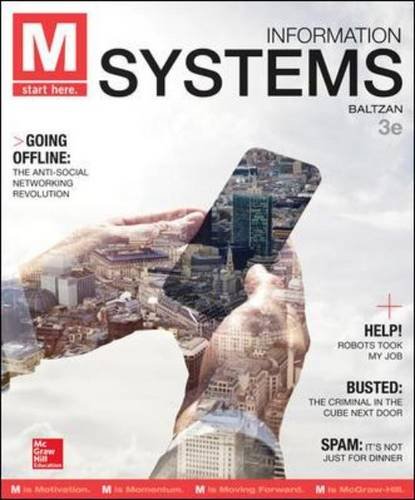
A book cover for M: Information Systems; Paige Baltzan; Computers & Technology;